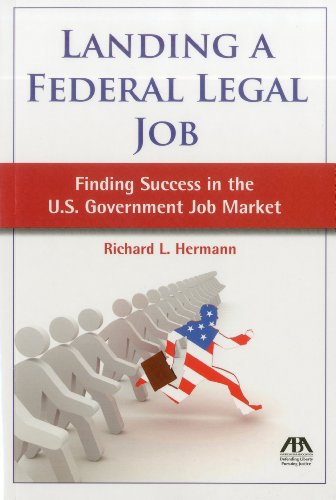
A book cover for Landing a Federal Legal Job: Finding Success in the U.S. Government Job Market; Richard L. Hermann; Business & Money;